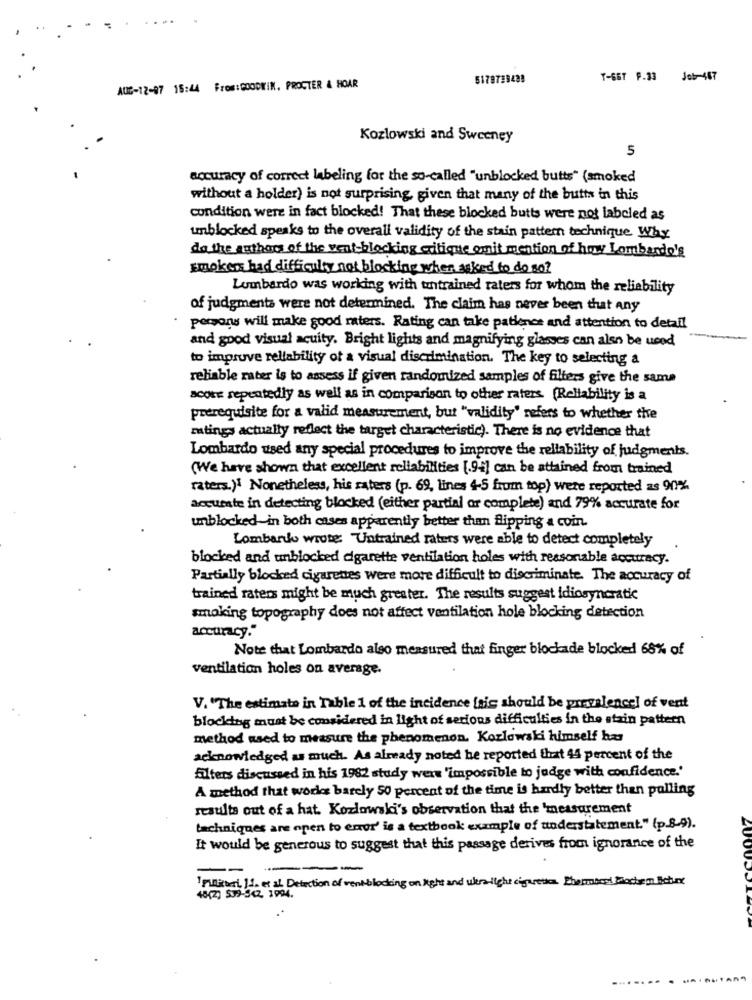
5178739488
T-66T P.33 Job-467
AUC-12-97 15:44 From:GOODKIN, PROCTER & HOAR
Kozlowski and Sweeney
5
accuracy of correct labeling for the so-called "unblocked butts" (smoked
without a holder) is not surprising, given that many of the butts in this
condition were in fact blocked! That these blocked butts were not labeled as
umblocked speaks to the overall validity of the stain pattern technique Why
do the authors of the vent-blocking critique onit mention of how Lombardo's
smokers had difficulty not blocking when asked to do so?
Lumbardo was working with untrained raters for whom the reliability
of judgmenta were not determined. The claim has never been that any
persons will make good miers. Rating can take patience and attention to detail
and good visual acuity. Bright lights and magnifying glasses can also be used
to improve reliability of a visual discrimination. The key to selecting a
reliable rater is to assess if given randomized samples of filters give the sama
score repeatedly as well as in comparison to other raters. (Reliability is a
prerequisite for a valid measurement, but "validity' refers to whether the
ratings actually reflect the target characteristic). There is no evidence that
Lombardo used any special procedures to improve the reliability of judgments.
(We have shown that excellent reliabilities [9] can be attained from trained
raters.)} Nonetheless, his raters (p. 69, lines 4-5 from top) were reported as 90%
accurate in detecting blocked (either partial or complete) and 79% accurate for
unblocked in both cases apparently better than flipping a coin.
Lombardo wrote: "Untrained raters were able to detect completely
blocked and unblocked cigarette ventilation holes with reasonable accuracy.
Partially blocked cigarettes were more difficult to discriminate. The accuracy of
trained raters might be much greater. The results suggest idiosyncratic
smoking topography does not affect ventilation hole blocking detection
accuracy."
Note that Lombardo also measured that finger blockade blocked 68% of
ventilation holes on average.
V. "The estimate in Table 1 of the incidence [sic should be prevalence] of vent
blocking must be considered in light of serious difficulties in the stain pattern
method used to measure the phenomenon. Kozlowski himself has
acknowledged as much. As already noted he reported that 44 percent of the
filters discussed in his 1982 study were 'impossible to judge with confidence.'
A method that works barely 50 percent of the time is hardly better than pulling
results out of a hat. Kozlowski's observation that the measurement
techniques are open to error' is a textbook example of understatement." (p.8-9).
It would be generous to suggest that this passage derives from ignorance of the
--
--
'pilithat If. et al Defection of rentblocking on light and were light cigarettes. Pharmabout Biochem Botox
40(2) 507-302 3994 .